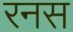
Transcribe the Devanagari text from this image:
रनस